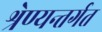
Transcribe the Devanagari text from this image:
श्रेण्यन्तर्गत